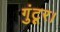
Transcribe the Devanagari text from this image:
गुंटूर।